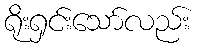
ရိုးရှင်းသော်လည်း